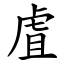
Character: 虘